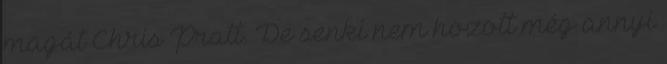
magát Chris Pratt. De senki nem hozott még annyi